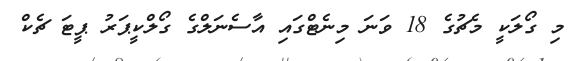
މި ގޯލަކީ މެޗުގެ 18 ވަނަ މިނެޓްގައި އާސެނަލްގެ ގޯލްކީޕަރު ޕީޓަ ޗެކް